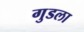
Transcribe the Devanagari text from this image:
गुडला